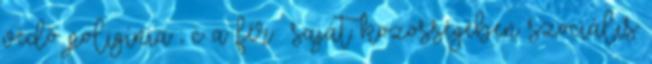
védő poligínia ; c a férﬁ saját közösségében szociális